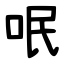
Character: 呡